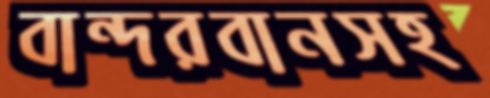
বান্দরবানসহ